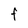
Character: f